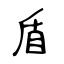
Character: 盾